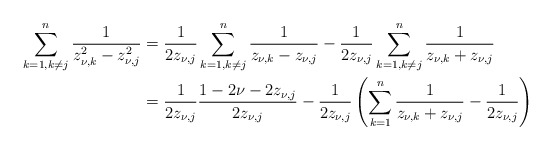
\begin{align*}\sum_{k=1,k\neq j}^n\frac{1}{z_{\nu,k}^2-z_{\nu,j}^2}&=\frac{1}{2z_{\nu,j}}\sum_{k=1,k\neq j}^n\frac{1}{z_{\nu,k}-z_{\nu,j}}-\frac{1}{2z_{\nu,j}}\sum_{k=1,k\neq j}^n\frac{1}{z_{\nu,k}+z_{\nu,j}}\\&=\frac{1}{2z_{\nu,j}}\frac{1-2\nu-2z_{\nu,j}}{2z_{\nu,j}}-\frac{1}{2z_{\nu,j}}\left(\sum_{k=1}^n\frac{1}{z_{\nu,k}+z_{\nu,j}}-\frac{1}{2z_{\nu,j}}\right)\end{align*}